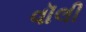
વૉલી